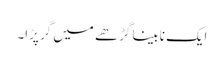
ایک نابینا گڑھے میں گر پڑا۔